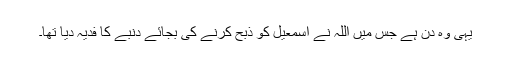
یہی وہ دن ہے جس میں اللہ نے اسمٰعیلؑ کو ذبح کرنے کی بجائے دنبے کا فدیہ دیا تھا۔